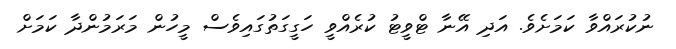
ނުކުރައްވާ ކަމަށެވެ. އަދި އޭނާ ޓްވީޓު ކުރެއްވީ ހަގީގަތުގައިވެސް މީހުން މަރަމުންދާ ކަމަށް